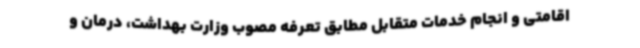
اقامتی و انجام خدمات متقابل مطابق تعرفه مصوب وزارت بهداشت، درمان و